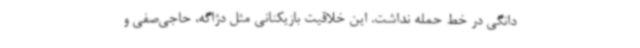
دانگی در خط حمله نداشت. این خلاقیت بازیکنانی مثل دژاگه، حاجی‌صفی و